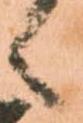
候